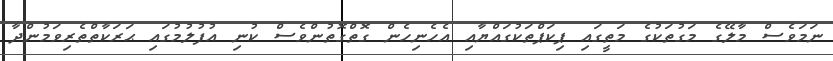
ނަމަވެސް މާލޭގެ މަގުތަކުގެ މަތީގައި ޕިކަޕްތަކުގައްޔާއި އެހެނިހެން ގޮތްގޮތުންވެސް ކުނި އުފުލުމުގައި ޙަރަކާތްތެރިވަމުންދާ